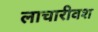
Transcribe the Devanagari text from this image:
लाचारीवश